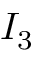
I _ { 3 }